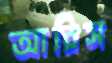
আরিস